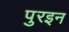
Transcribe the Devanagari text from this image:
पुरइन